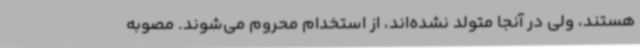
هستند، ولی در آنجا متولد نشده‌اند، از استخدام محروم می‌شوند. مصوبه